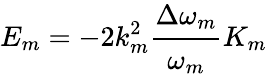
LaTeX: E_{m}=-2k_{m}^{2}\cfrac{\Delta\omega_{m}}{\omega_{m}}K_{m}